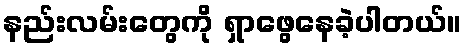
နည်းလမ်းတွေကို ရှာဖွေနေခဲ့ပါတယ်။